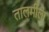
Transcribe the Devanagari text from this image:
तालमीला